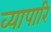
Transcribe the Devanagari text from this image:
व्यापारि